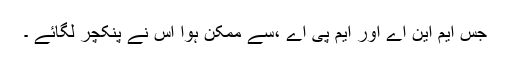
جس ایم این اے اور ایم پی اے ،سے ممکن ہوا اُس نے پنکچر لگائے ۔